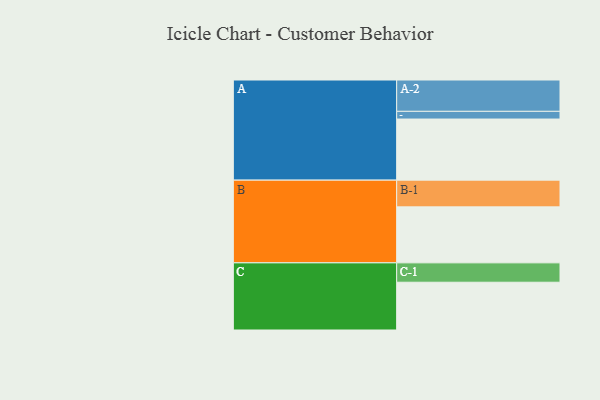
{"axis": {"x": "Segment", "y": "Value"}, "legend": ["", "A", "B", "C"], "data": [{"x": "A", "y": 476, "type": ""}, {"x": "B", "y": 436, "type": ""}, {"x": "C", "y": 372, "type": ""}, {"x": "A-1", "y": 60, "type": "A"}, {"x": "A-2", "y": 244, "type": "A"}, {"x": "B-1", "y": 208, "type": "B"}, {"x": "C-1", "y": 151, "type": "C"}]}